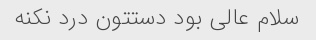
سلام عالی بود دستتون درد نکنه